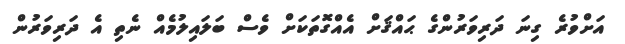
އަށްވުރެ ގިނަ ދަރިވަރުންގެ ޙައްޤަށް އެއްގޮތަކަށް ވެސް ބަލައިލުމެއް ނެތި އެ ދަރިވަރުން